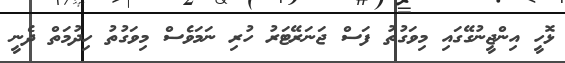
ޅޮހީ އިންޖީނުގޭގައި މިވަގުތު ފަސް ޖަނަރޭޓަރު ހުރި ނަމަވެސް މިވަގުތު ހިދުމަތް ދެނީ